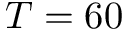
T = 6 0